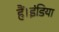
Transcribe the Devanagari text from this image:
हैं।इंडिया